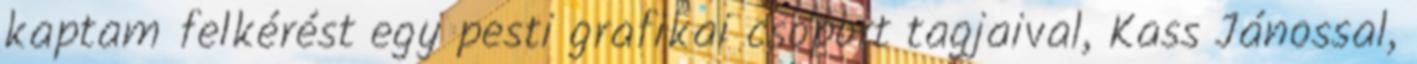
kaptam felkérést egy pesti grafikai csoport tagjaival, Kass Jánossal,